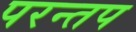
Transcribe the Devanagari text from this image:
परन्तप